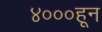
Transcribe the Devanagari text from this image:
४०००हून